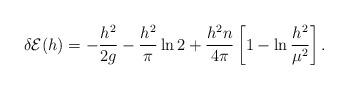
LaTeX: \begin{align*}\delta {\cal E}(h) = -{h^2 \over 2 g} - {h^2 \over \pi} \ln 2+ {h^2 n \over 4 \pi} \left [ 1 - \ln {h^2 \over \mu^2} \right ].\end{align*}